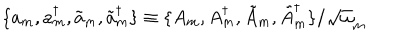
\{ a _ { m } , a _ { m } ^ { \dagger } , \tilde { a } _ { m } , \tilde { a } _ { m } ^ { \dagger } \} \equiv \{ A _ { m } , A _ { m } ^ { \dagger } , \tilde { A } _ { m } , \tilde { A } _ { m } ^ { \dagger } \} / { \sqrt \omega _ { m } }